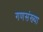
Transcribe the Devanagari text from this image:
गणसंख्या